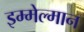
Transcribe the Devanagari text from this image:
इम्मेल्मान